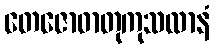
တေဇောဓာတုကုသလာနံ